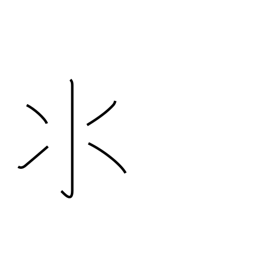
Meaning: water radical variant (no. 85)